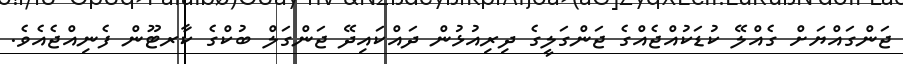
ޖަންގައްޔަށް ގެއްލޭ ކުޑަކުއްޖެއްގެ ޖަންގަލީގެ ދިރިއުޅުން ދައްކައިދޭ ޖަންގަލް ބުކްގެ ކާރޓޫން ފެނިއްޖެއެވެ.